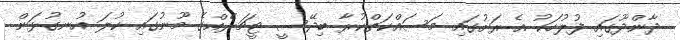
ދާންދޫގައި ފުލުހަކު އެ ރަށުގައި މަސައްކަތްކުރާ ބިދޭސީ ޓީޗަރެއްގެ މޫނުގައި ކުލަ އުނގުޅަން